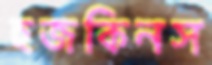
হজকিনস